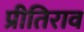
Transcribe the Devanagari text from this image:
प्रीतिराव